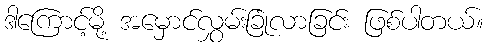
ဒါကြောင့်မို့ အမှောင်လွှမ်းခြုံလာခြင်း ဖြစ်ပါတယ်။